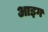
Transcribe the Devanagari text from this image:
आइग